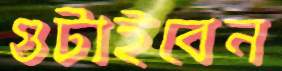
গুটাইবেন